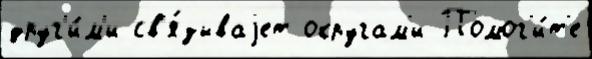
друг'и́м'и св'я́зываjет округам'и Помог'и́т'е